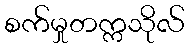
စက်မှုတက္ကသိုလ်